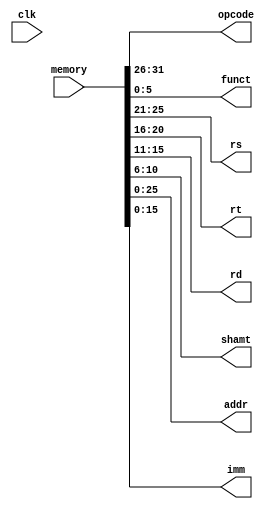
module decode (
input clk,
input [31:0] memory,
output reg [5:0] opcode, funct,
output reg [4:0] rs, rt, rd, shamt,
output reg [25:0] addr,
output reg [15:0] imm
);
    always @ (memory) begin
    //always @ (*) begin
        //R type
        //opcode and funct decide the type of instruction
        opcode = memory[31:26];
        funct = memory[5:0];

        rs = memory[25:21];
        rt = memory[20:16];
        rd = memory[15:11];
        shamt = memory[10:6];

        //I type
        imm = memory[15:0];

        //J type
        addr = memory[25:0];

    end
endmodule